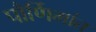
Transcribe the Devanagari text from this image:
पौर्णिमांत